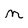
Character: m